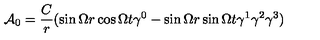
{ \cal A } _ { 0 } = \frac { C } { r } ( \sin \Omega r \cos \Omega t \gamma ^ { 0 } - \sin \Omega r \sin \Omega t \gamma ^ { 1 } \gamma ^ { 2 } \gamma ^ { 3 } )